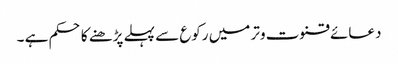
دعائے قنوت وتر میں رکوع سے پہلے پڑھنے کا حکم ہے ۔